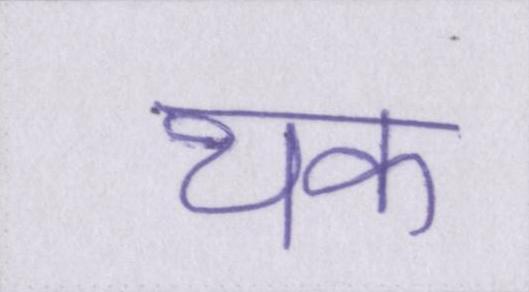
थक